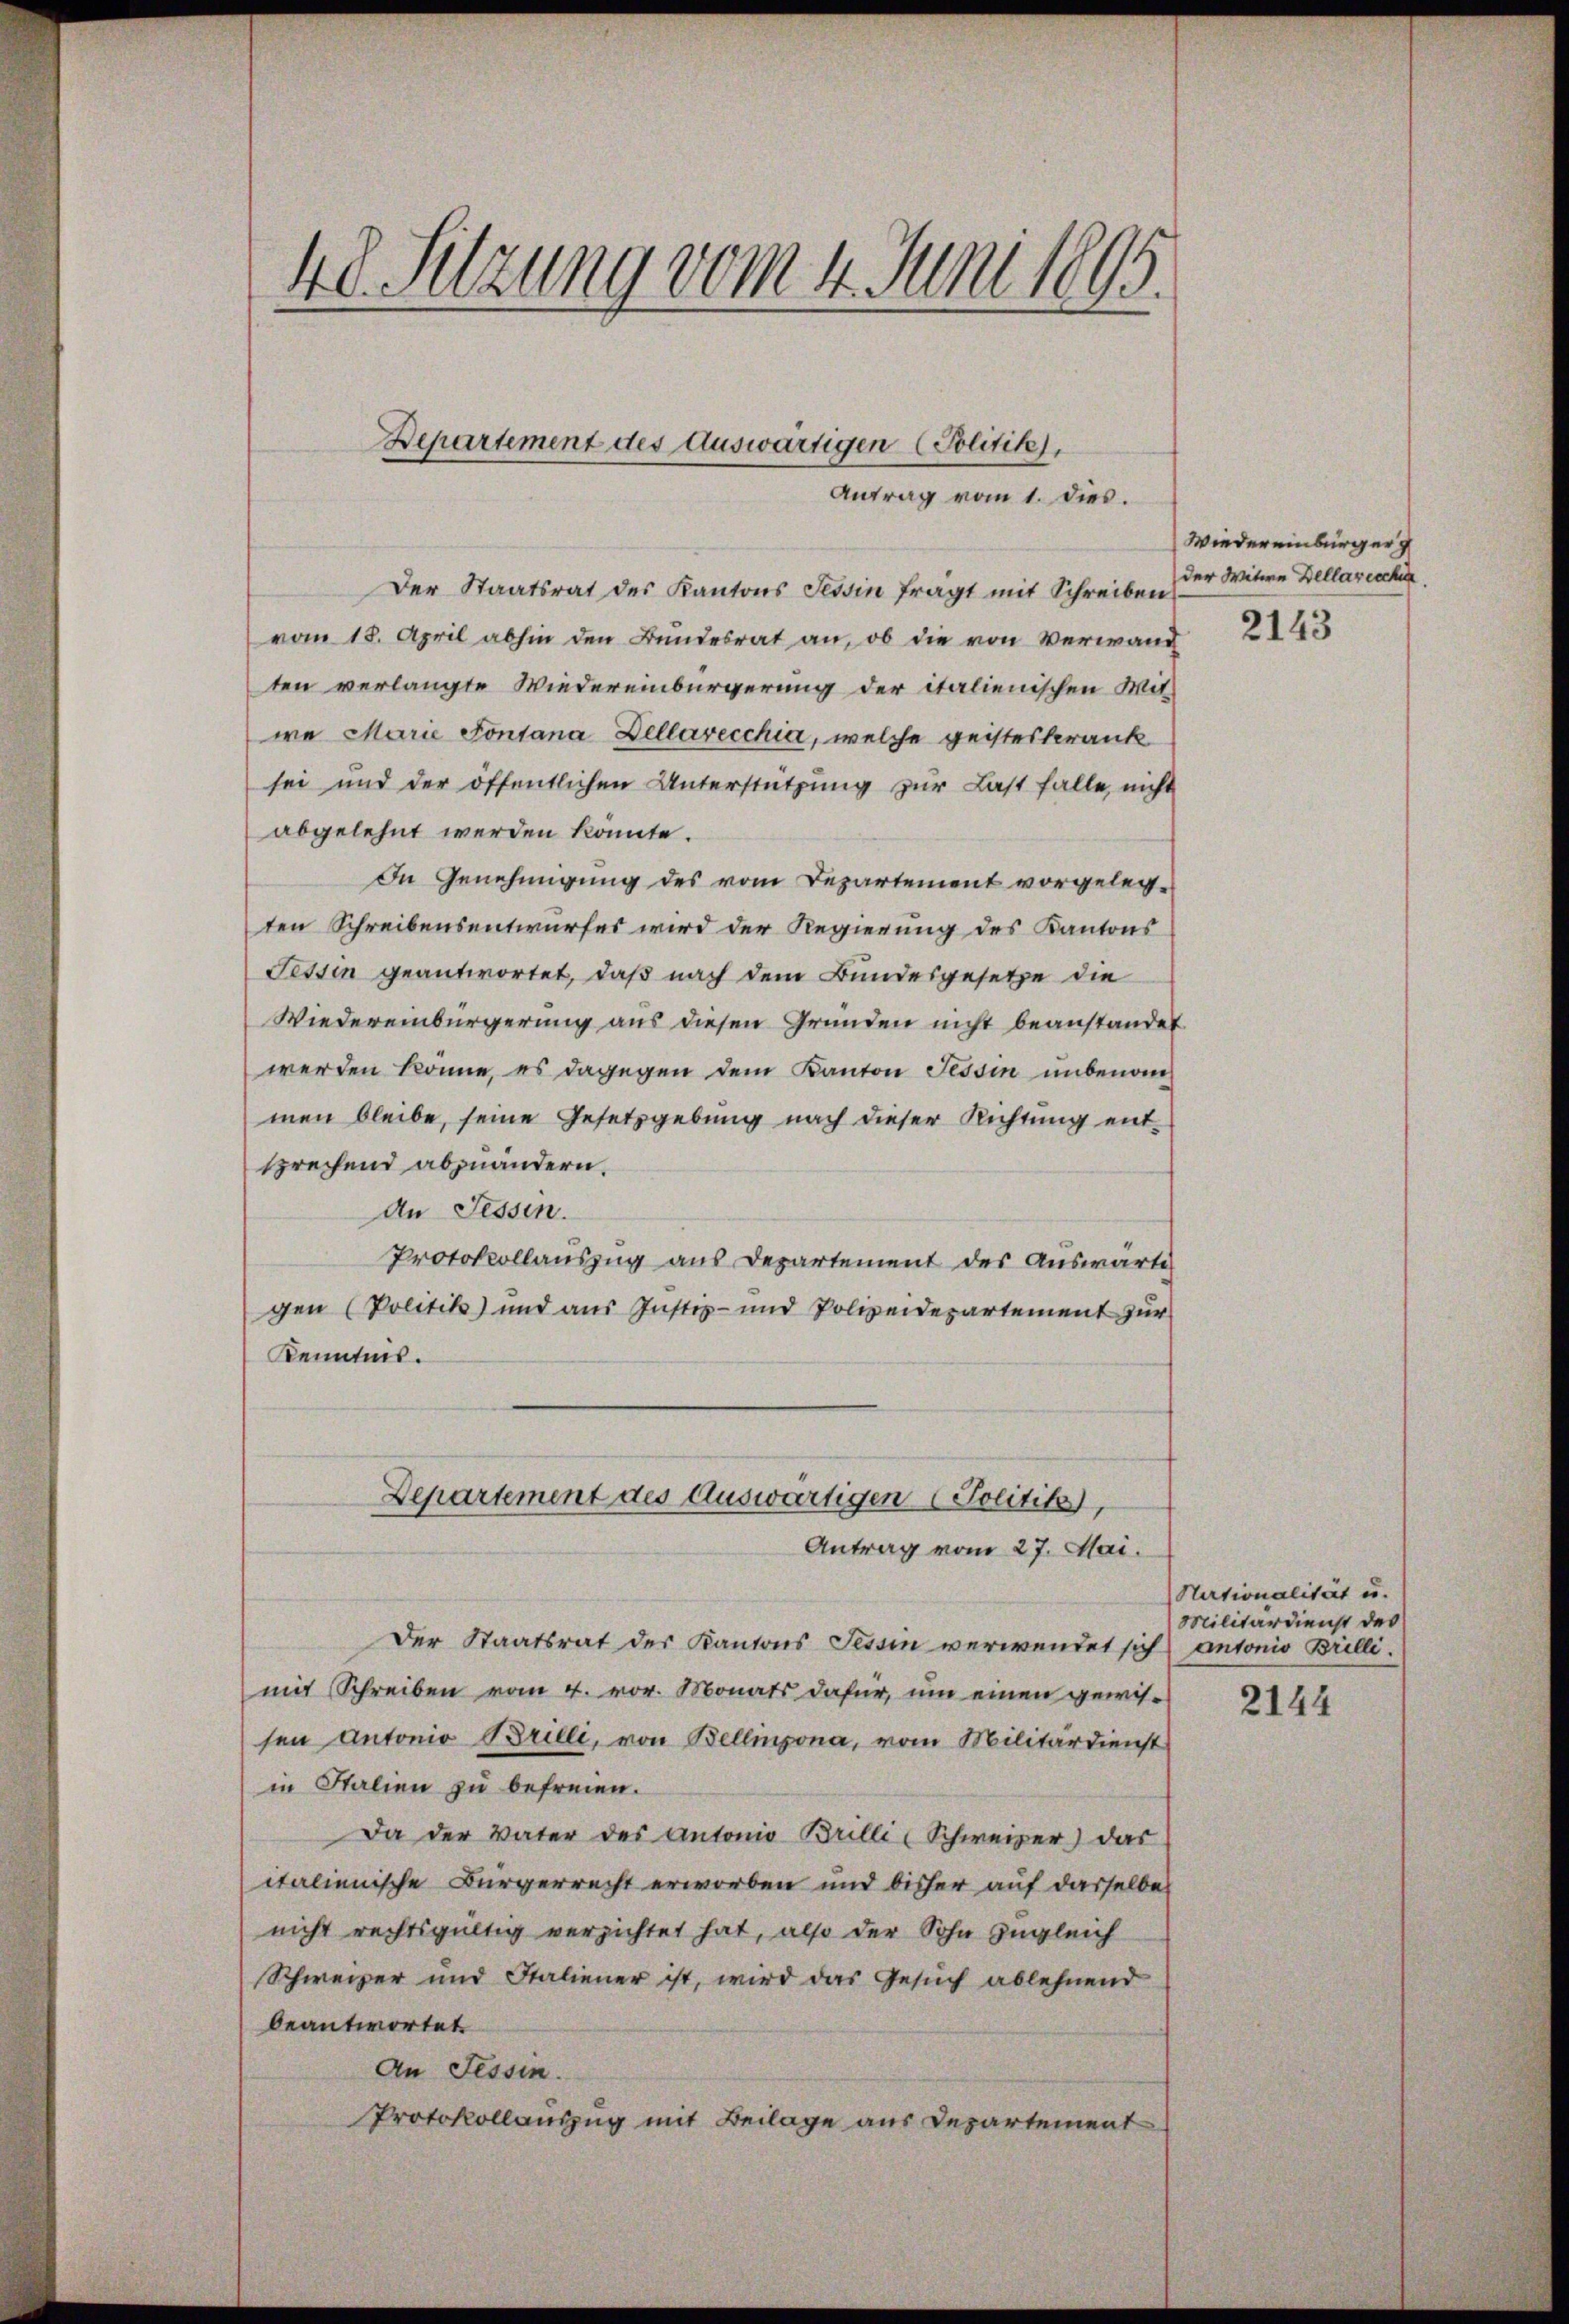
48. Sitzung vom 4. Juni 1895.

Departement des Auswärtigen Politik),
Antrag vom 1. dies.

Der Staatsrat des Kantons Tessin fragt mit Schreiben
vom 18. April abhin den Bundesrat an, ob die von Verwand
ten verlangte Wiedereinbürgerung der italienischen Mit-
wa Marie Fontana Dellarecchia, welche geisteskrank
sei und der öffentlichen Unterstützung zur Last falle, nicht
abgelehnt werden könnte.
In Genehmigung des vom Departement vorgelegten Schreibensentwurfes wird der Regierung des Kantons
Fessen geantwortet, daß nach dem Bundesgesetze die
Wiedereinbürgerung aus diesen Gründen nicht beanstandet
werden könne, es dagegen dem Kanton Tessin unbenommen bleibe, seine Gesetzgebung nach dieser Richtung ent-
sprechend abzuändern.
An Tessin.
Protokollauszug aus Departement des Auswärtig
gen (Politik und aus Justiz- und Polizeidepartement zur
Kenntnis.
Departement des Auswärtigen (Politik,
Antrag vom 27. Mai.
Der Staatsrat des Kantons Tessin verwendet sich antonio Brilli.
mit Schreiben vom 4. vor. Monats dafür, um einen gewissen Antonio Brilli, von Bellinzona, vom Militärdienst
in Italien zu befreien.
Da der Vater des Antonio Brilli Schweizer) das
italienische Bürgerrecht erworben und bisher auf dasselbe
nicht rechtsgültig verzichtet hat, also der Sohn zugleich
Schweizer und Staliener ist, wird das Gesŭch ablehnend
beantwortet.
An Tessin.
Protokollauszug mit Beilage aus Departement

Wiedereinbürger
der Witwe Dellarische

2143

Nationalität u.
Militärdienst des

2144